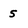
Character: 5